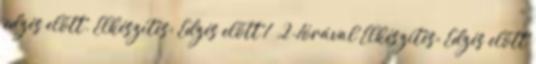
edzés előtt. Elkészítés: Edzés előtt 1 2-1órával Elkészítés: Edzés előtt